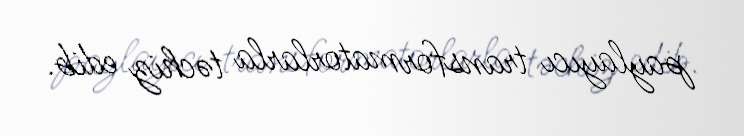
paylayıcı transformatorlarla təchiz edib.